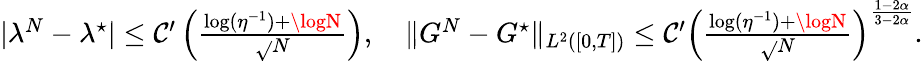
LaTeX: \textstyle|\lambda^{N}-\lambda^{\star}|\le\mathcal{C}^{\prime}\left(\frac{{\log({\eta}^{-1})+\logN}}{{\sqrt{}{{N}}}}\right),\quad\| G^{N}-G^{\star}\| _{L^{2}([0,T])}\le\mathcal{C}^{\prime}\left(\frac{{\log({\eta}^{-1})+\logN}}{{\sqrt{}{{N}}}}\right)^{\frac{{1-2\alpha}}{{3-2\alpha}}}.